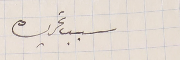
سبب تحريره